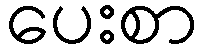
ပေးစာ